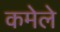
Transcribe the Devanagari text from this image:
कमेले